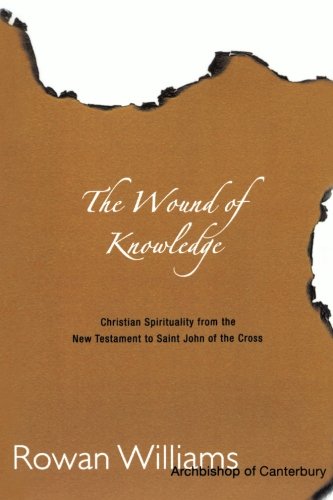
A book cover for The Wound of Knowledge: Christian Spirituality from the New Testament to St. John of the Cross; Rowan Williams; Christian Books & Bibles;